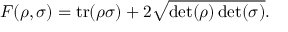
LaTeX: F ( \rho , \sigma ) = \operatorname { t r } ( \rho \sigma ) + 2 { \sqrt { \operatorname* { d e t } ( \rho ) \operatorname* { d e t } ( \sigma ) } } .